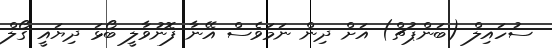
ސުހައިލް (ބަންޕުޗް) އަށް ދިން ނަމަވެސް އޭނާ ފޮނުވާލީ ބޯޅަ ދިޔައީ ގޯލް